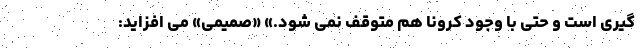
گیری است و حتی با وجود کرونا هم متوقف نمی شود.» «صمیمی» می افزاید: